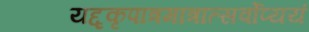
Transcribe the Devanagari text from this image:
यद्दृकृपात्रमात्रात्सर्वोप्ययं